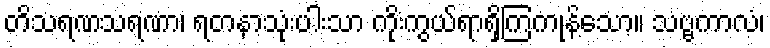
တိသရဏသရဏာ၊ ရတနာသုံးပါးသာ ကိုးကွယ်ရာရှိကြကုန်သော။ သဗ္ဗကာလံ၊